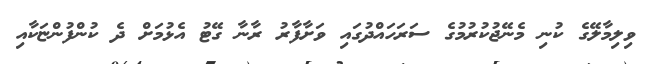
ވިލިމާލޭގެ ކުނި މެނޭޖުކުރުމުގެ ސަރަހައްދުގައި ވަށާފާރު ރާނާ ގޭޓު އެޅުމަށް ދެ ކުންފުންޏަކާއި